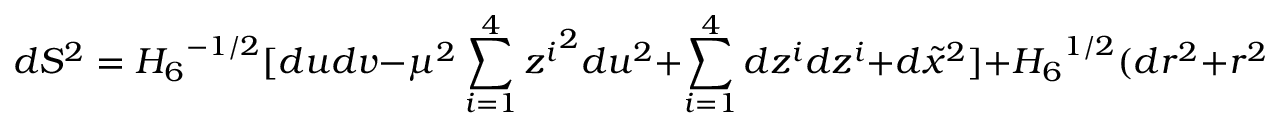
d S ^ { 2 } = { H _ { 6 } } ^ { - 1 / 2 } [ d u d v - \mu ^ { 2 } \sum _ { i = 1 } ^ { 4 } { z ^ { i } } ^ { 2 } d u ^ { 2 } + \sum _ { i = 1 } ^ { 4 } d z ^ { i } d z ^ { i } + d \tilde { x } ^ { 2 } ] + { H _ { 6 } } ^ { 1 / 2 } ( d r ^ { 2 } + r ^ { 2 } d { \Omega _ { 2 } } ^ { 2 } ) ,